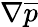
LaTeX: \nabla\overline{{{p}}}